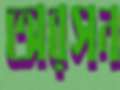
অরসন